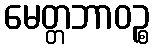
မေတ္တဘာဝဉ္စ